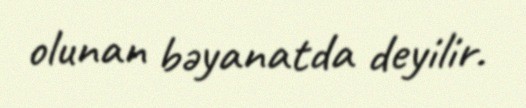
olunan bəyanatda deyilir.